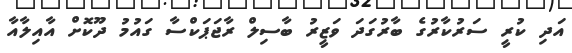
އަދި ކުރީ ސަރުކާރުގެ ބާރުގަދަ ވަޒީރު ބާސިލް ރާޖަޕަކްސާ ގައުމު ދޫކޮށް އާއިލާއާ